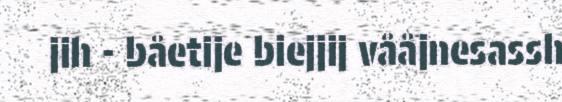
jih - båetije biejjij vååjnesassh